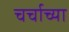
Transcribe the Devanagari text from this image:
चर्चाच्या